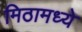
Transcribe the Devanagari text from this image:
मिठामध्ये